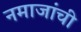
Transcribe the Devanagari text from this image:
नमाजांची